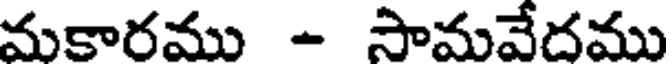
మకారము - సామవేదము